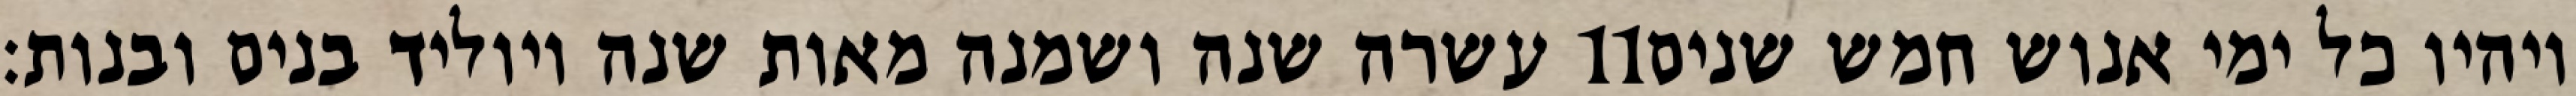
עשרה שנה ושמנה מאות שנה ויוליד בנים ובנות׃ ‎11‏ ויהיו כל ימי אנוש חמש שנים